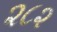
૨૮૨